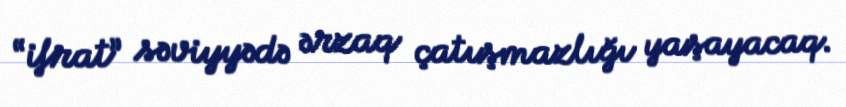
“ifrat” səviyyədə ərzaq çatışmazlığı yaşayacaq.